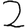
Digit: 2